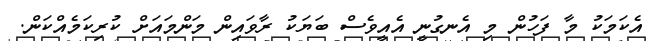
އެކަމަކު މާ ފަހުން މި އެނގުނީ އެއީވެސް ބަޔަކު ރާވައިން މަންމައަށް ކުރިކަމެއްކަން.